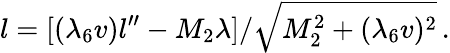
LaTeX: l=[({\lambda_{6}}v)l^{\prime\prime}-M_{2}{\lambda}]/{\sqrt{M_{2}^{2}+({\lambda_{6}}v)^{2}}}\, .